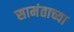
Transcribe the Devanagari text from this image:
सामंताच्या